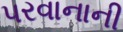
પરવાનાની